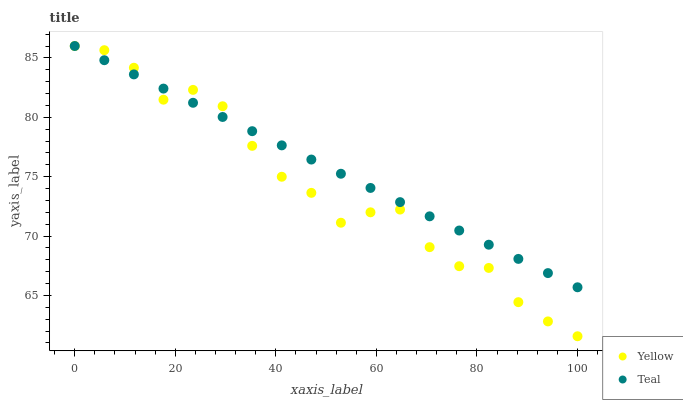
| xaxis_label | Yellow | Teal |
 | --- | --- | --- |
 | 0 | 86 | 86 |
 | 5.88 | 85.6 | 84.8 |
 | 11.8 | 84.2 | 83.6 |
 | 17.6 | 81.5 | 82.4 |
 | 23.5 | 82.3 | 81.2 |
 | 29.4 | 80.9 | 80 |
 | 35.3 | 77.6 | 78.8 |
 | 41.2 | 75 | 77.6 |
 | 47.1 | 73.6 | 76.4 |
 | 52.9 | 71.1 | 75.2 |
 | 58.8 | 72 | 74 |
 | 64.7 | 72.2 | 72.9 |
 | 70.6 | 69.1 | 71.7 |
 | 76.5 | 67.5 | 70.5 |
 | 82.4 | 67.3 | 69.3 |
 | 88.2 | 64.4 | 68.1 |
 | 94.1 | 62.8 | 66.9 |
 | 100 | 61.6 | 65.7 |